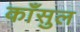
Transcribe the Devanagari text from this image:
काँसुल